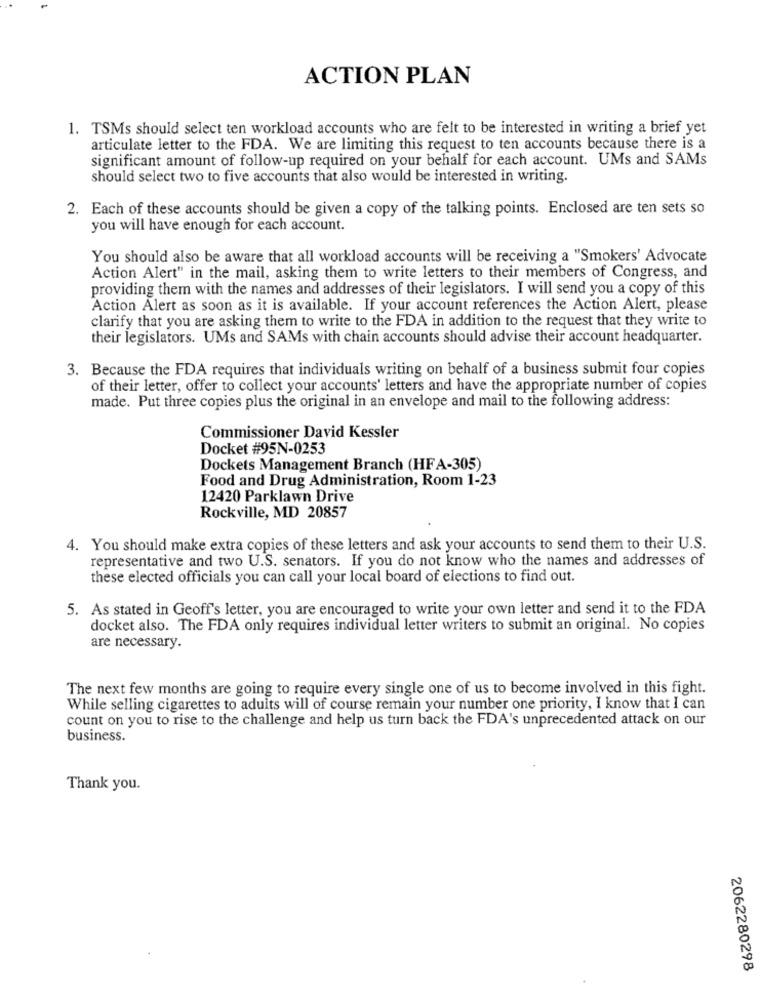
ACTION PLAN
1. TSMs should select ten workload accounts who are felt to be interested in writing a brief yet
articulate letter to the FDA. We are limiting this request to ten accounts because there is a
significant amount of follow-up required on your behalf for each account. UMs and SAMs
should select two to five accounts that also would be interested in writing.
2. Each of these accounts should be given a copy of the talking points. Enclosed are ten sets so
you will have enough for each account.
You should also be aware that all workload accounts will be receiving a "Smokers' Advocate
Action Alert" in the mail, asking them to write letters to their members of Congress, and
providing them with the names and addresses of their legislators. I will send you a copy of this
Action Alert as soon as it is available. If your account references the Action Alert, please
clarify that you are asking them to write to the FDA in addition to the request that they write to
their legislators. UMs and SAMs with chain accounts should advise their account headquarter.
3. Because the FDA requires that individuals writing on behalf of a business submit four copies
of their letter, offer to collect your accounts' letters and have the appropriate number of copies
made. Put three copies plus the original in an envelope and mail to the following address:
Commissioner David Kessler
Docket #95N-0253
Dockets Management Branch (HFA-305)
Food and Drug Administration, Room 1-23
12420 Parklawn Drive
Rockville, MD 20857
4. You should make extra copies of these letters and ask your accounts to send them to their U.S.
representative and two U.S. senators. If you do not know who the names and addresses of
these elected officials you can call your local board of elections to find out.
5. As stated in Geoff's letter, you are encouraged to write your own letter and send it to the FDA
docket also. The FDA only requires individual letter writers to submit an original. No copies
are necessary.
The next few months are going to require every single one of us to become involved in this fight.
While selling cigarettes to adults will of course remain your number one priority, I know that I can
count on you to rise to the challenge and help us turn back the FDA's unprecedented attack on our
business.
Thank you.
2062280298